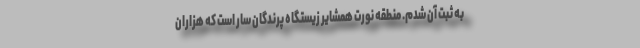
به ثبت آن شدم. منطقه نورت همشایر زیستگاه پرندگان سار است که هزاران